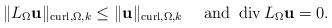
LaTeX: \begin{align*}\Vert L_{\Omega}{\mathbf{u}}\Vert_{\operatorname{curl},\Omega,k}\leq\Vert{\mathbf{u}}\Vert_{\operatorname{curl},\Omega,k}\quad\mbox{ and }\operatorname{div}L_{\Omega}{\mathbf{u}}=0. \end{align*}